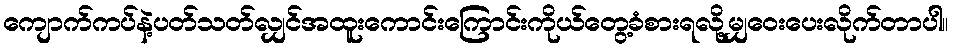
ကျောက်ကပ်နဲ့ပတ်သတ်လျှင်အထူးကောင်းကြောင်းကိုယ်တွေ့ခံစားရလို့မျှဝေးပေးလိုက်တာပါ။